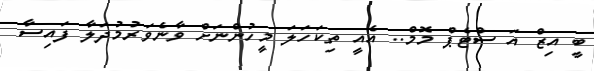
ބީ އިޒް އަ ސްޓެޕް މޮމް.. އެއީ ތިކަހަލަ މީހުންނަށް ވާނެވަރުމުދަލާ ފައިސާ